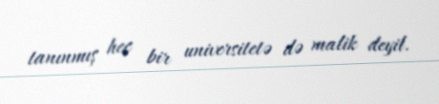
tanınmış heç bir universitetə də malik deyil.